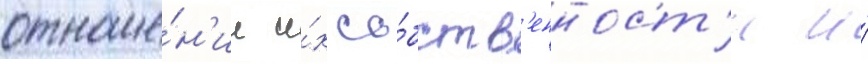
отноше́н'ии и́х со́бств'енност'и и́